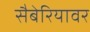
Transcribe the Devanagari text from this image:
सैबेरियावर